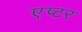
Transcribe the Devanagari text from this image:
एप्टर